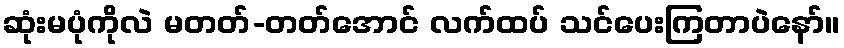
ဆုံးမပုံကိုလဲ မတတ်-တတ်အောင် လက်ထပ် သင်ပေးကြတာပဲနော်။